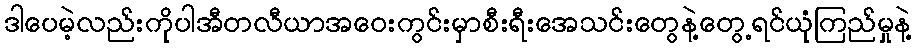
ဒါပေမဲ့လည်းကိုပါအီတလီယာအဝေးကွင်းမှာစီးရီးအေသင်းတွေနဲ့တွေ့ရင်ယုံကြည်မှုနဲ့